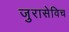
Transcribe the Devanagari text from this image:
जुरासेविच